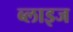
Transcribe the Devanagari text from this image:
ब्लाइज